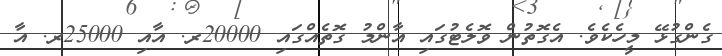
ގެންގުޅޭ މީހެކެވެ. އެގޮތުން ވޮލެޓުގައި އާންމު ގޮތެއްގައި 20000ރ. އާއި 25000ރ. އާ